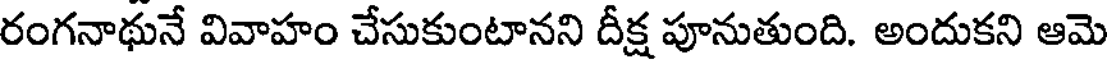
రంగనాథునే వివాహం చేసుకుంటానని దీక్ష పూనుతుంది. అందుకని ఆమె